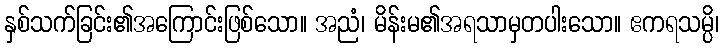
နှစ်သက်ခြင်း၏အကြောင်းဖြစ်သော။ အညံ၊ မိန်းမ၏အရသာမှတပါးသော။ ဧကရသမ္ပိ၊